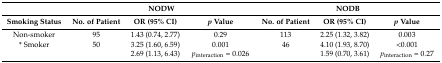
<table><thead><tr><td></td><td colspan="3"><b>NODW</b></td><td colspan="3"><b>NODB</b></td></tr><tr><td><b>Smoking Status</b></td><td><b>No. of Patient</b></td><td><b>OR (95% CI)</b></td><td><b><i>p</i> Value</b></td><td><b>No. of Patient</b></td><td><b>OR (95% CI)</b></td><td><b><i>p</i> Value</b></td></tr></thead><tbody><tr><td>Non-smoker</td><td>95</td><td>1.43 (0.74, 2.77)</td><td>0.29</td><td>113</td><td>2.25 (1.32, 3.82)</td><td>0.003</td></tr><tr><td>* Smoker</td><td>50</td><td>3.25 (1.60, 6.59)</td><td>0.001</td><td>46</td><td>4.10 (1.93, 8.70)</td><td>&lt;0.001</td></tr><tr><td></td><td></td><td>2.69 (1.13, 6.43)</td><td><i>p</i><sub>interaction</sub> = 0.026</td><td></td><td>1.59 (0.70, 3.61)</td><td><i>p</i><sub>interaction</sub> = 0.27</td></tr></tbody></table>